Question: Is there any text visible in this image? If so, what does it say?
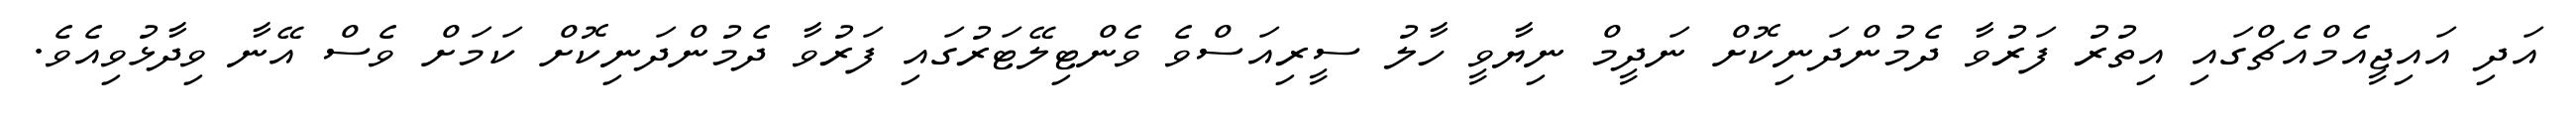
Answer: އަދި އައިޖީއެމްއެޗްގައި އިތުރު ފަރުވާ ދެމުންދަނިކޮށް ނަދީމް ނިޔާވީ ހާލު ސީރިއަސްވެ ވެންޓިލޭޓަރުގައި ފަރުވާ ދެމުންދަނިކޮށް ކަމަށް ވެސް އޭނާ ވިދާޅުވިއެވެ.